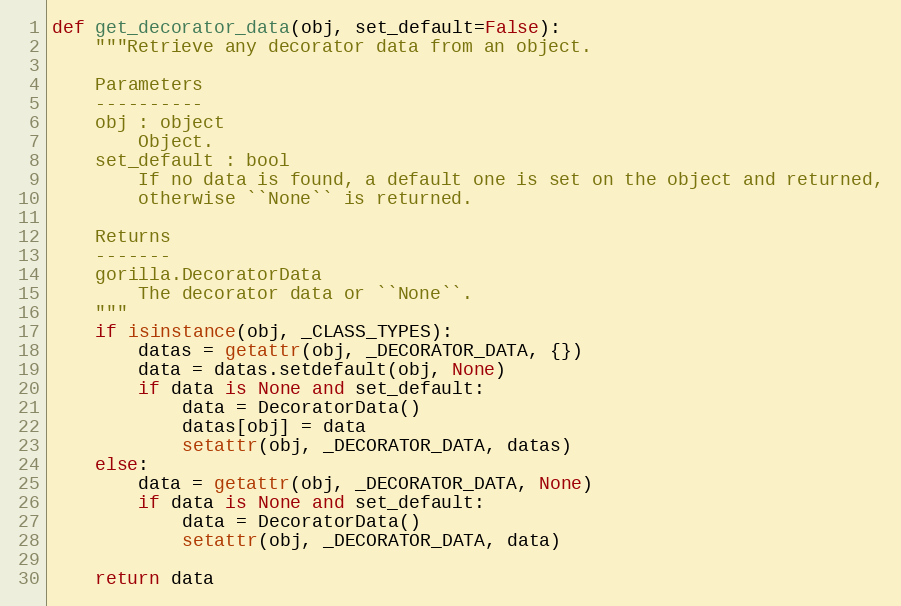
Language: Python
def get_decorator_data(obj, set_default=False):
    """Retrieve any decorator data from an object.

    Parameters
    ----------
    obj : object
        Object.
    set_default : bool
        If no data is found, a default one is set on the object and returned,
        otherwise ``None`` is returned.

    Returns
    -------
    gorilla.DecoratorData
        The decorator data or ``None``.
    """
    if isinstance(obj, _CLASS_TYPES):
        datas = getattr(obj, _DECORATOR_DATA, {})
        data = datas.setdefault(obj, None)
        if data is None and set_default:
            data = DecoratorData()
            datas[obj] = data
            setattr(obj, _DECORATOR_DATA, datas)
    else:
        data = getattr(obj, _DECORATOR_DATA, None)
        if data is None and set_default:
            data = DecoratorData()
            setattr(obj, _DECORATOR_DATA, data)

    return data